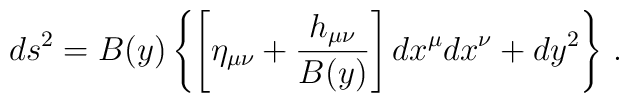
ds^2 = B(y)\left\{ \left[ \eta_{\mu\nu} + {h_{\mu\nu}\over B(y)}\right]dx^\mu dx^\nu +dy^2\right\}\,.